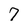
Character: 7